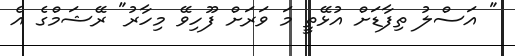
" އަސްލު ތިފާޑަށް އުޅޭތީ މަ ވަރަށް ފޫހިވޭ މިހާރު" ރޭޝަމްގެ އެ